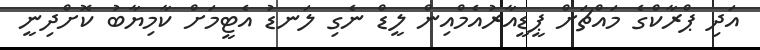
އަދި ޕްރާކްގެ މައްޗަށް ޕީޑީއާރުއެމްއިން ލީޑް ނެގި ލަނޑު އެޓީމަށް ކާމިޔާބު ކޮށްދިނީ